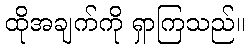
ထိုအချက်ကို ရှာကြသည်။